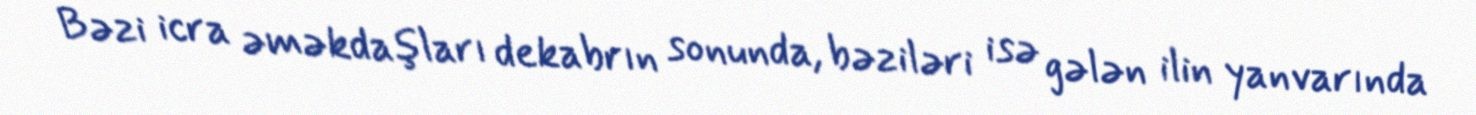
Bəzi icra əməkdaşları dekabrın sonunda, bəziləri isə gələn ilin yanvarında